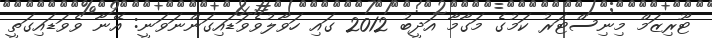
ޓޫރިޒަމް މިނިސްޓަރު ކަމުގެ މަގާމާ އަދީބު 2012 ގައި ހަވާލުވެވަޑައިގަންނަވަނީ: އޭނާ ވެވަޑައިގަތީ